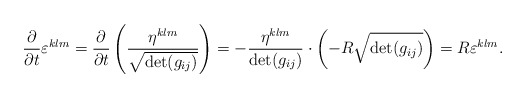
\begin{align*}\frac{\partial}{\partial t}\varepsilon^{klm}&=\frac{\partial}{\partial t}\left(\frac{\eta^{klm}}{\sqrt{\det (g_{ij})}}\right)=-\frac{\eta^{klm}}{\det (g_{ij})}\cdot\left(-R\sqrt{\det (g_{ij})}\right)=R\varepsilon^{klm}.\end{align*}